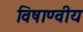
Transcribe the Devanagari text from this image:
विषाण्वीय